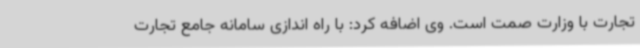
تجارت با وزارت صمت است. وی اضافه کرد: با راه اندازی سامانه جامع تجارت